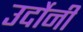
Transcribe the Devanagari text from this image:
उर्दोनी